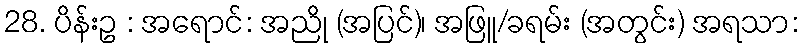
28. ပိန်းဥ : အရောင်: အညို (အပြင်)၊ အဖြူ/ခရမ်း (အတွင်း) အရသာ: